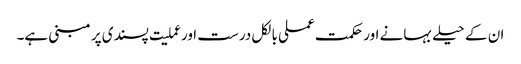
ان کے حیلے بہانے اور حکمت عملی بالکل درست اور عملیت پسندی پر مبنی ہے۔